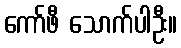
ကော်ဖီ သောက်ပါဦး။